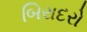
બિરાદરો